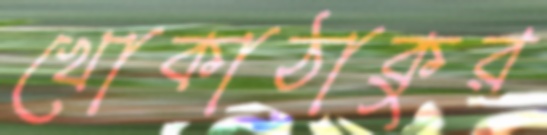
খোকাঠাকুর